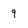
Character: 9